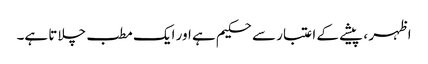
اظہر ، پیشے کے اعتبار سے حکیم ہے اور ایک مطب چلاتا ہے۔